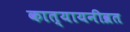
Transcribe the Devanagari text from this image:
कात्यायनीव्रत